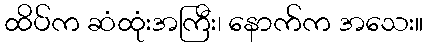
ထိပ်က ဆံထုံးအကြီး၊ နောက်က အသေး။